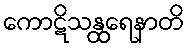
ကောဋိသန္ထရေနာတိ